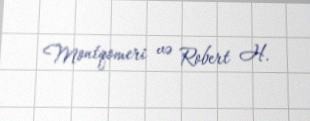
Montqomeri və Robert H.